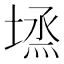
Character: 𡏈